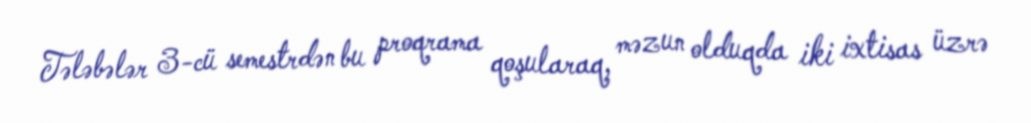
Tələbələr 3-cü semestrdən bu proqrama qoşularaq, məzun olduqda iki ixtisas üzrə